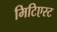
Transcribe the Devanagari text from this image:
मिटिएस्ट